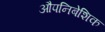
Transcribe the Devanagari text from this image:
औपनिबेशिक